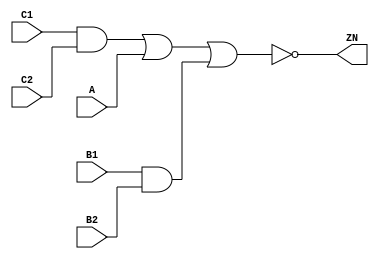
module AOI221_X4 (A, B1, B2, C1, C2, ZN);
  input A;
  input B1;
  input B2;
  input C1;
  input C2;
  output ZN;

  not(ZN, i_24);
  not(i_24, i_25);
  not(i_25, i_26);
  or(i_26, i_27, i_29);
  or(i_27, i_28, A);
  and(i_28, C1, C2);
  and(i_29, B1, B2);


endmodule